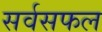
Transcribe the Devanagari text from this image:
सर्वसफल